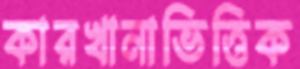
কারখানাভিত্তিক